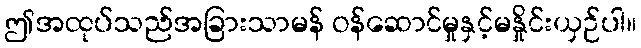
ဤအထုပ်သည်အခြားသာမန် ဝန်ဆောင်မှုနှင့်မနှိုင်းယှဉ်ပါ။